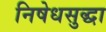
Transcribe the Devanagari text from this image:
निषेधसुद्धा